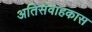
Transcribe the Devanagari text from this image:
अतिसंवाहकास